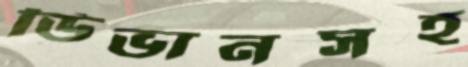
ডিভানসহ